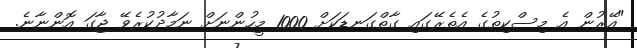
"އޭރުން އެ މިސްކިތުގެ އެތެރޭގައި ގާތްގަނޑަކަށް 1000 މީހުންނަށް ނަމާދުކުރެވޭ ޖާގަ އޮންނާނެ.